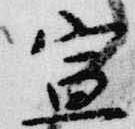
宣